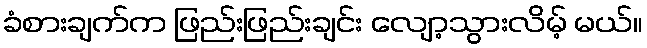
ခံစားချက်က ဖြည်းဖြည်းချင်း လျော့သွားလိမ့် မယ်။